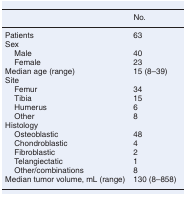
<table><thead><tr><td></td><td><b>No.</b></td></tr></thead><tbody><tr><td>Patients</td><td>63</td></tr><tr><td colspan="2">Sex</td></tr><tr><td> Male</td><td>40</td></tr><tr><td> Female</td><td>23</td></tr><tr><td>Median age (range)</td><td>15 (8–39)</td></tr><tr><td colspan="2">Site</td></tr><tr><td> Femur</td><td>34</td></tr><tr><td> Tibia</td><td>15</td></tr><tr><td> Humerus</td><td>6</td></tr><tr><td> Other</td><td>8</td></tr><tr><td colspan="2">Histology</td></tr><tr><td> Osteoblastic</td><td>48</td></tr><tr><td> Chondroblastic</td><td>4</td></tr><tr><td> Fibroblastic</td><td>2</td></tr><tr><td> Telangiectatic</td><td>1</td></tr><tr><td> Other/combinations</td><td>8</td></tr><tr><td>Median tumor volume, mL (range)</td><td>130 (8–858)</td></tr></tbody></table>